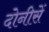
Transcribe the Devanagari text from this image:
दोनीसें